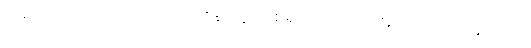
အရပ်၌။ ကုဒြူ သကာဒိဘောဇနံ၊ လူးအစရှိသော ဘောဇဉ်ကို။ လဘိတွာ၊ ရ၍။